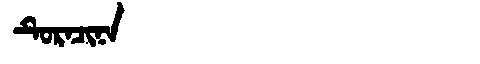
Manchu: ᡨᡠᡵᠠᠴᡳᠨᠠ
Romanization: TURACINA